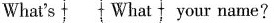
What's What your name?